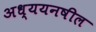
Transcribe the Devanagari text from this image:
अध्ययनषील